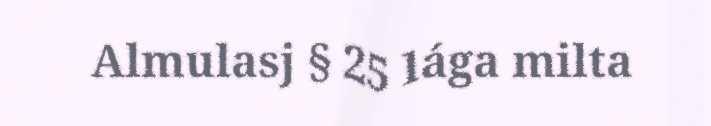
Almulasj § 25 lága milta